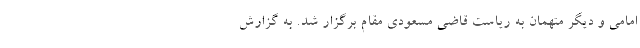
امامی و دیگر متهمان به ریاست قاضی مسعودی مقام برگزار شد. به گزارش